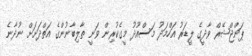
ޕަންޖްޝޭރް ވާދީގެ ލީޑަރު އަހްމަދު މަސްއޫދު މީގެކުރިން ވަނީ ތާލިބާނުންގެ އަތްދަށަށް ނުދާނެ